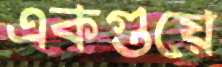
একগুয়ে